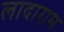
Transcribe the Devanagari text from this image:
लादाराम